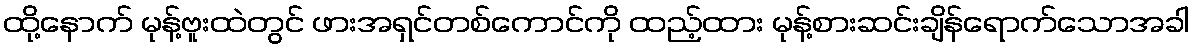
ထို့နောက် မုန့်ဗူးထဲတွင် ဖားအရှင်တစ်ကောင်ကို ထည့်ထား မုန့်စားဆင်းချိန်ရောက်သောအခါ